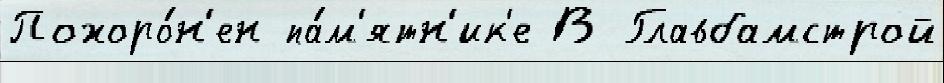
Похоро́н'ен па́м'ятн'ик'е В Главбамстрой